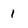
Character: 1